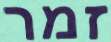
זמר